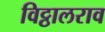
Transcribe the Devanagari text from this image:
विट्ठालराव